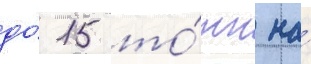
до́ 15 то́нн на́